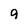
Character: 9